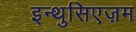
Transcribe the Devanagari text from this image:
इन्थुसिएज़म